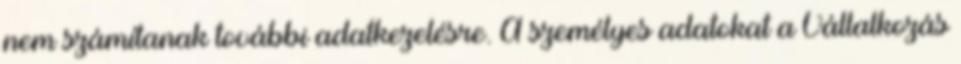
nem számítanak további adatkezelésre. A személyes adatokat a Vállalkozás